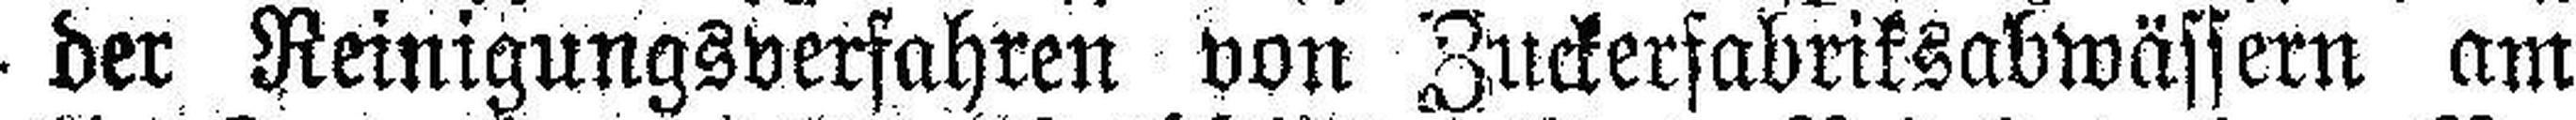
der Reinigungsverfahren von Zuckerfabriksabwässern am